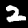
Label: 2